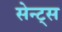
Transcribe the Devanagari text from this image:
सेन्ट्स